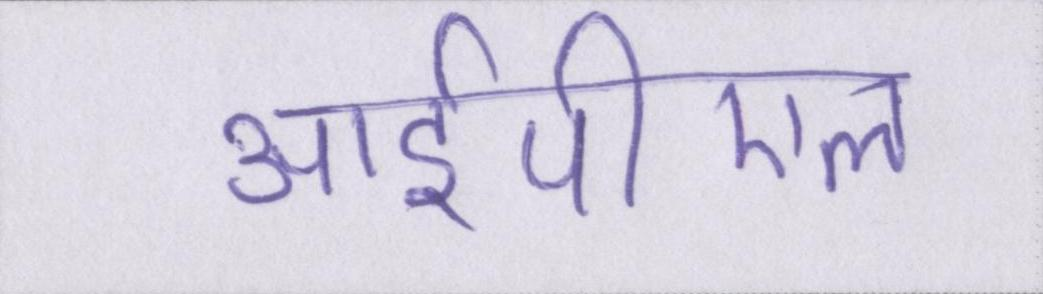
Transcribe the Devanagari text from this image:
आईपीएल